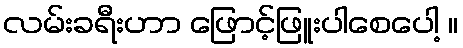
လမ်းခရီးဟာ ဖြောင့်ဖြူးပါစေပေါ့ ။